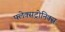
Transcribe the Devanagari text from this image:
फ्लेक्सट्रोनिक्स